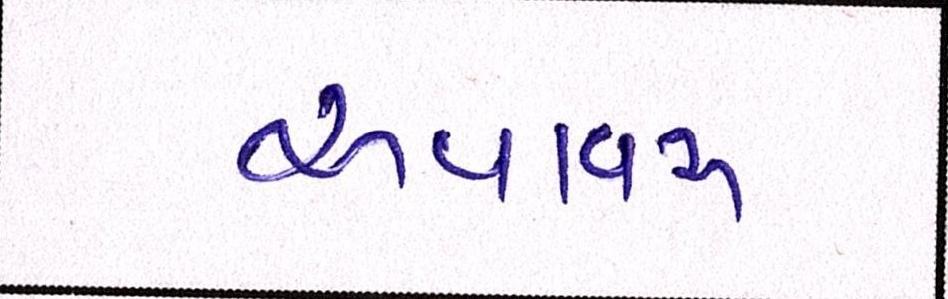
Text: અવાવરૂ